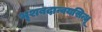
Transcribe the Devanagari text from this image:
भृशबदान्वयसिन्धू